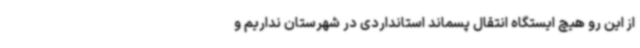
از این رو هیچ ایستگاه انتقال پسماند استانداردی در شهرستان نداریم و